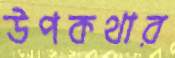
উপকথার